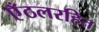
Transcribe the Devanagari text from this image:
एँठलरहित